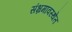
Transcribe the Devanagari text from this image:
संभ्रमावस्थेत